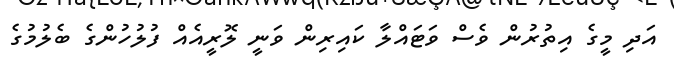
އަދި މީގެ އިތުރުން ވެސް ވަޓައްލާ ކައިރިން ވަނީ ލޮރީއެއް ފުލުހުންގެ ބެލުމުގެ